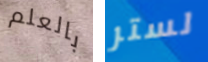
بالعلم لستر